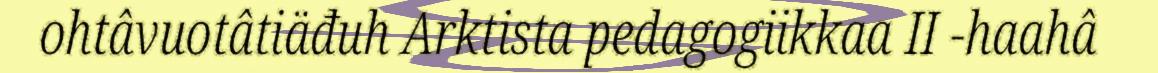
ohtâvuotâtiäđuh Arktista pedagogiikkaa II -haahâ